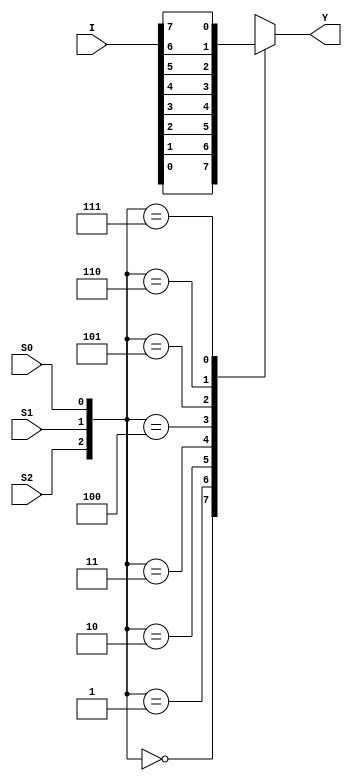
//Behavioural Modelling for 8:1 Mux

module mux_8_to_1_beh(Y, I, S2, S1, S0);
input [7:0]I; input S2, S1, S0; output Y; reg Y;
always @ (I or S2 or S1 or S0)
begin
case ({S2, S1, S0})
3'b000 : begin Y = I[0]; end
3'b001 : begin Y = I[1]; end
3'b010 : begin Y = I[2]; end
3'b011 : begin Y = I[3]; end
3'b100 : begin Y = I[4]; end
3'b101 : begin Y = I[5]; end
3'b110 : begin Y = I[6]; end
3'b111 : begin Y = I[7]; end
endcase
end
endmodule